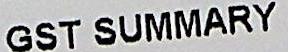
GST SUMMARY